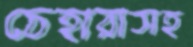
চেহারাসহ